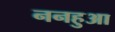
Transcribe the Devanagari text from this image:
ननहुआ